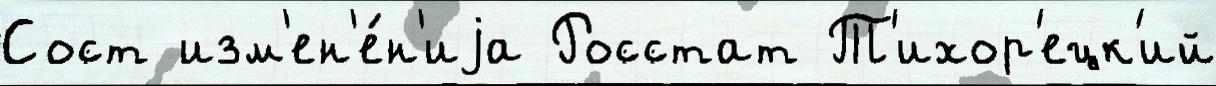
Сост изм'ен'е́н'иjа Росстат Т'ихор'ецк'ий